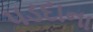
પડદાના